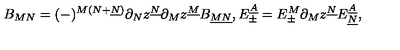
B _ { M N } = ( - ) ^ { M ( N + \underline { { N } } ) } \partial _ { N } z ^ { \underline { { N } } } \partial _ { M } z ^ { \underline { { M } } } B _ { \underline { { M N } } } , E _ { \pm } ^ { \underline { { A } } } = E _ { \pm } ^ { M } \partial _ { M } z ^ { \underline { { N } } } E _ { \underline { { N } } } ^ { \underline { { A } } } ,